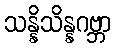
သန္နိသိန္နဂဗ္ဘာ